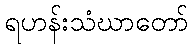
ရဟန်းသံဃာတော်